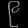
Digit: ၉